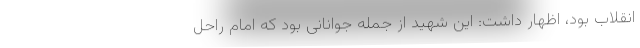
انقلاب بود، اظهار داشت: این شهید از جمله جوانانی بود که امام راحل